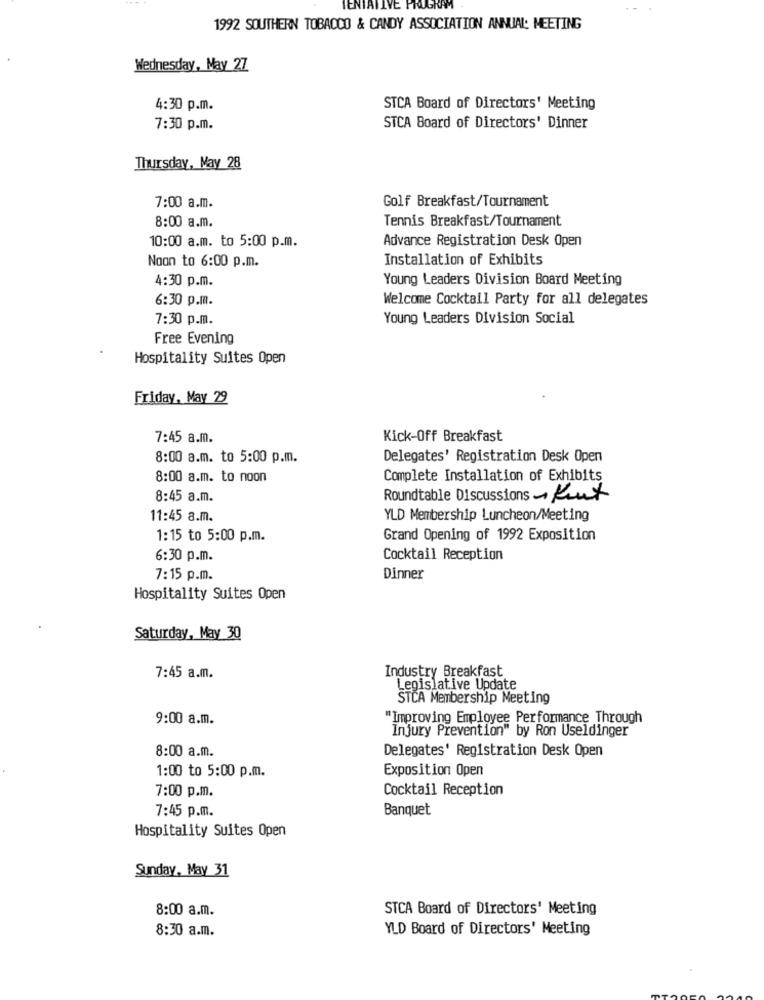
TENTATIVE PRO
KAM
1992 SOUTHERN TOBACCO & CANDY ASSOCIATION ANNUAL: MEETING
Wednesday, May 27
4:30 p.m.
STCA Board of Directors' Meeting
7:30 p.m.
STCA Board of Directors' Dinner
Thursday, May 28
Golf Breakfast/Tournament
7:00 a.m.
Tennis Breakfast/Tournament
8:00 a.m.
Advance Registration Desk Open
10:00 a.m. to 5:00 p.m.
Naan to 6:00 p.m.
Installation of Exhibits
4:30 p.m.
Young Leaders Division Board Meeting
6:30 p.m.
Welcome Cocktail Party for all delegates
7:30 p.m.
Young Leaders Division Social
Free Evening
Hospitality Suites Open
Friday, May 29
7:45 a.m.
Kick-Off Breakfast
8:00 a.m. to 5:00 p.m.
Delegates' Registration Desk Open
8:00 a.m. to noon
Complete Installation of Exhibits
8:45 a.m.
Roundtable Discussions ~ Peut
11:45 a.m.
YLD Membership Luncheon/Meeting
1:15 to 5:00 p.m.
Grand Opening of 1992 Exposition
6:30 p.m.
Cocktail Reception
7:15 p.m.
Dinner
Hospitality Suites Open
Saturday, May 30
7:45 a.m.
Industry Breakfast
Legislative Update
STCA Membership Meeting
9:00 a.m.
"Improving Employee Performance Through
Injury Prevention" by Ron Useldinger
8:00 a.m.
Delegates' Registration Desk Open
1:00 to 5:00 p.m.
Exposition Open
7:00 p.m.
Cocktail Reception
7:45 p.m.
Banquet
Hospitality Suites Open
Sunday, May 31
8:00 a.m.
STCA Board of Directors' Meeting
8:30 a.m.
YLD Board of Directors' Meeting